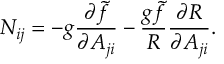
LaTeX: N _ { i j } = - g { \frac { \partial \tilde { f } } { \partial A _ { j i } } } - { \frac { g \tilde { f } } { R } } { \frac { \partial R } { \partial A _ { j i } } } .